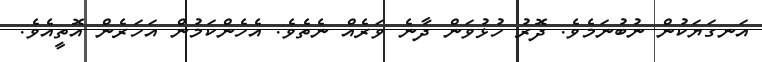
އަނގަޔަކުން ނުބުނަމެވެ. ދޮރު ހުޅުވަން ދާނެ ވަރެއް ނެތެވެ. އެހެންކަމުން އަހަރެން އޮތީއެވެ.